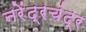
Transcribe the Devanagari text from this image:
नरेंद्रचंद्र